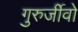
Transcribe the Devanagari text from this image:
गुरुर्जीवो